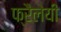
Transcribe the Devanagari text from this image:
फ्रैलेयी